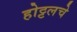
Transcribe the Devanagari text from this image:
होट्टलचे